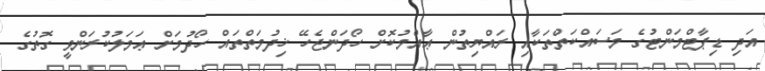
އަދި ޑިޕާޓްމަންޓުގެ މަސައްކަތްތަކާއި ރައްޔިތުން ޢާއްމުކޮށް ހޯދަންޖެހޭ ޚިދުމަތްތައް ހޯދުމަށް ޢަމަލުކުރަންވީ ގޮތުގެ